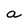
Character: a